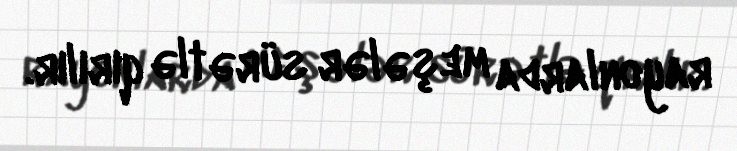
rayonlarda meşələr sürətlə qırılır.